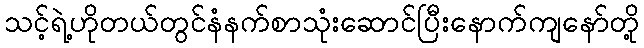
သင့်ရဲ့ဟိုတယ်တွင်နံနက်စာသုံးဆောင်ပြီးနောက်ကျနော်တို့